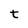
Character: t